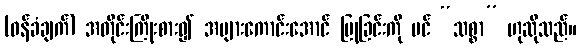
(ဝန်ခံချက်) အတိုင်းကြိုးစား၍ အများကောင်းအောင် ပြုခြင်းကို ပင် “သစ္စာ” ဟုဆိုသည်။